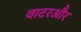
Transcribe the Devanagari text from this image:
वाटरऔर